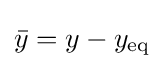
{\bar {y}}=y-y_{\mathrm {eq} }